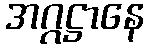
အဂ္ဂဋ္ဌာနေ